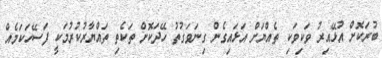
ބުރަކޮށް އުޅޭއިރު ވަކިވަކި ތެއްޔަށް އަޅައިގެން ގިނަވަގުތު ހޭދަކޮށް ތަކެތި ތައްޔާރުކުރުމަކީ ފަސޭހަކަމެއް